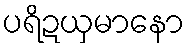
ပရိဍယှမာနော